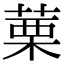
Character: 䔁